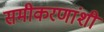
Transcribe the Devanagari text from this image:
समीकरणांशी